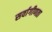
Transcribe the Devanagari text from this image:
सर्वागीणता